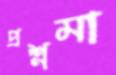
প্রশ্নমা